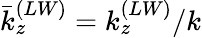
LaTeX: {\bar{k}}_{z}^{(LW)}=k_{z}^{(LW)}/k